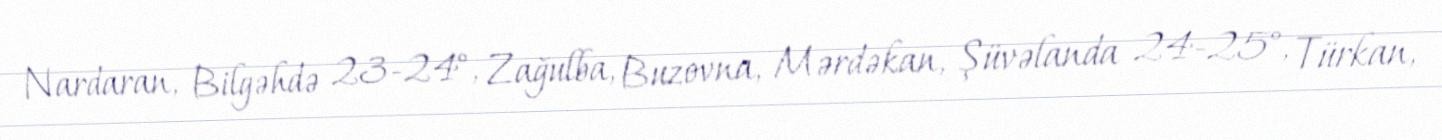
Nardaran, Bilgəhdə 23-24°, Zağulba, Buzovna, Mərdəkan, Şüvəlanda 24-25°, Türkan,